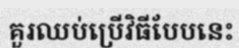
គួរឈប់ប្រើវិធីបែបនេះ